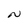
Character: N